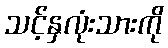
သင့်နှလုံးသားကို